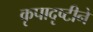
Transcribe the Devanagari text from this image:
कृपादृष्टीने